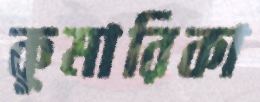
কুমারিকা